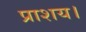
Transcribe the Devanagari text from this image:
प्राशय।